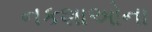
નકશાઓના